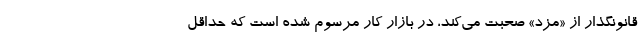
قانونگذار از «مزد» صحبت می‌کند، در بازار کار مرسوم شده است که حداقل